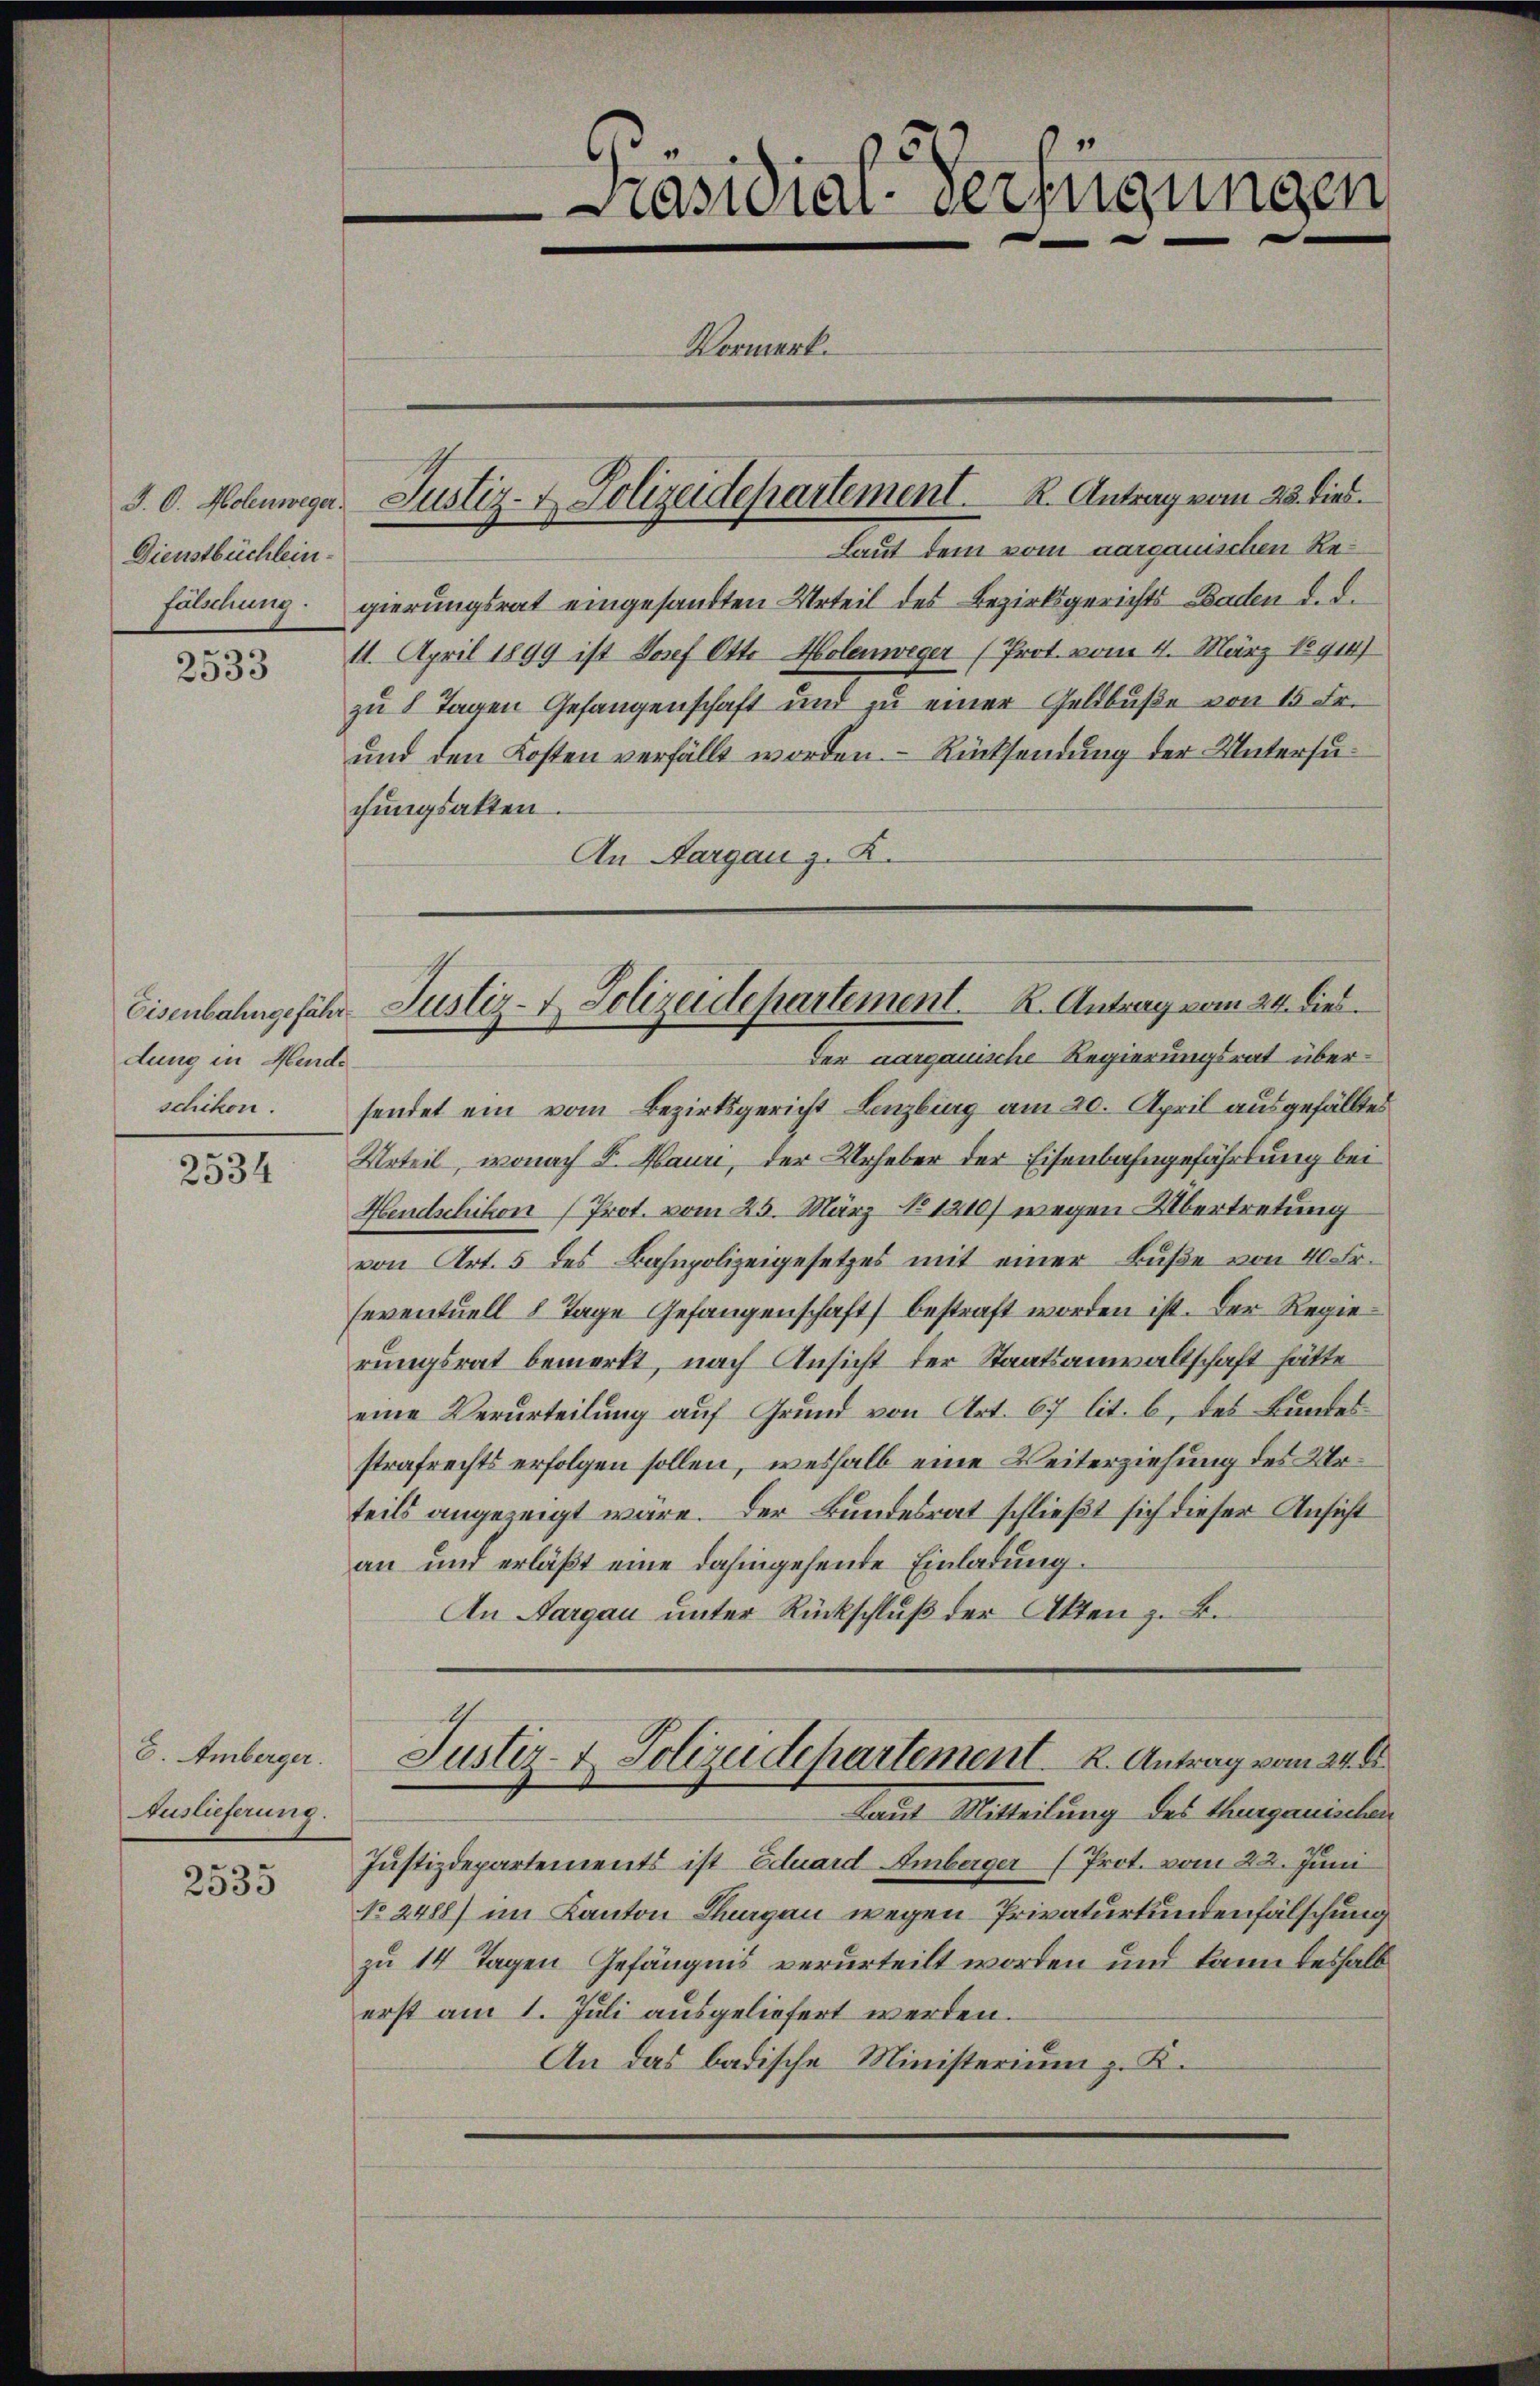
J. O. Holenweger.
Dienstbüchlein

2533

Eisenbahngefähr
dung in Hurde
schikon.

2534

E. Amberger.
Auslieferung.
2535

Präsidial-Verfügungen
Vormerk.
Justiz- & Polizeidepartement. R. Antrag vom 23. dies

Laut dem vom aargauischen Refälschung gierungsrat eingesandten Urteil des Bezirksgerichts Baden d. d.
11. April 1899 ist Josef Otto Molenweger (Prot. vom 4. März 18914)
u 8 Tagen Gefangenschaft und zu einer Geldbuße von 15 Fr.
und den Kosten verfällt worden. - Rücksendung der Untersufungsakten
An Aargau z. K.
sendet ein vom Bezirksgericht Lenzburg am 20. April ausgefälltes
Urteil, wonach S. Mauri, der Urheber der Eisenbahngefährtung bei
Hendschikon (Prot. vom 25. März No 1210) wegen Übertretung
von Art. 5 des Bahnpolizeigesetzes mit einer Buße von 40 Fr.
seventuell 8 Tage Gefangenschaft) bestraft worden ist. Der Regierungsrat bemerkt, nach Ansicht der Staatsanwaltschaft hätte
eine Verurteilung auf Grund von Art. 67 lit. b, des Bundes
strafrechts erfolgen sollen, weshalb eine Weiterziehung des Urteils angezeigt wäre. Der Bundesrat schließt sich dieser Ansicht
an und erläßt eine dahingehende Einladung.
An Aargau unter Rückschluß der Akten z. B.

Justiz- & Polizeidepartement. K. Antrag vom 24. dies
Der aargauische Regierungsrat über¬

Justizdepartements ist Eduard Emberger (Prot. vom 22. Juni
No 2488) im Kanton Thurgau wegen Privaturkundenfälschung
zu 14 Tagen Gefängnis verurteilt worden und kann deshalb
erst am 1. Juli ausgeliefert werden.
An das badische Ministerium z. K.

7
Justiz- & Polizeidepartement. K. Antrag vom 24. 6
Laut Mitteilung des Thurgauischen